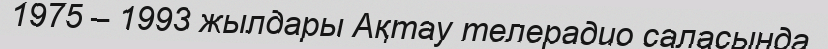
1975 – 1993 жылдары Ақтау телерадио саласында,